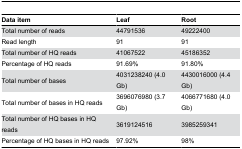
| Data item | Leaf | Root |
 | --- | --- | --- |
 | Total number of reads | 44791536 | 49222400 |
 | Read length | 91 | 91 |
 | Total number of HQ reads | 41067522 | 45186352 |
 | Percentage of HQ reads | 91.69% | 91.80% |
 | Total number of bases | 4031238240 (4.0 Gb) | 4430016000 (4.4 Gb) |
 | Total number of bases in HQ reads | 3696076980 (3.7 Gb) | 4066771680 (4.0 Gb) |
 | Total number of HQ bases in HQ reads | 3619124516 | 3985259341 |
 | Percentage of HQ bases in HQ reads | 97.92% | 98% |